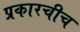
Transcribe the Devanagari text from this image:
प्रकारचीच